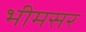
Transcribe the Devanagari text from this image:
भीमसर